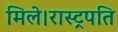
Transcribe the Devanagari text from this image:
मिले।रास्ट्रपति